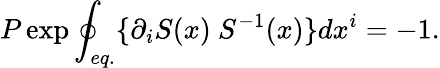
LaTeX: P\exp\oint_{eq.}\{ \partial_{i}S(x)\ S^{-1}(x)\} dx^{i}=-1.